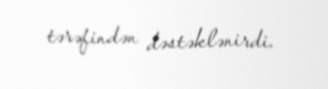
tərəfindən dəstəklənirdi.